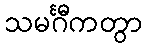
သမင်္ဂီကတွာ